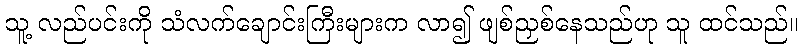
သူ့ လည်ပင်းကို သံလက်ချောင်းကြီးများက လာ၍ ဖျစ်ညှစ်နေသည်ဟု သူ ထင်သည်။